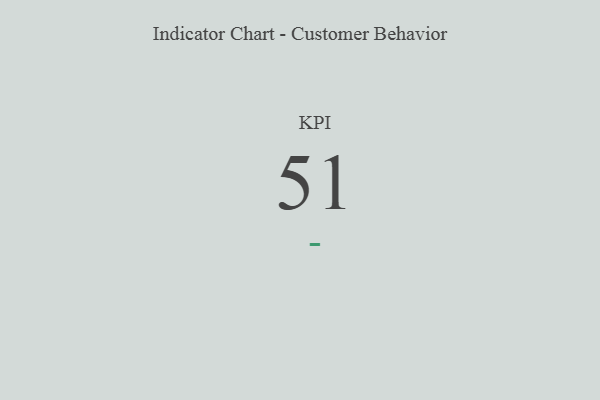
{"axis": {"x": "KPI", "y": "Value"}, "legend": [""], "data": [{"x": "KPI", "y": 51, "type": ""}]}